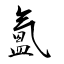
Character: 氳